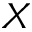
X